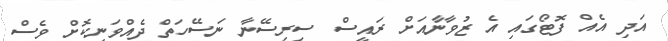
އަދި އެއް ފޮޓޯގައި އެ ޒުވާނާއަށް ރައީސް ސިރިސޭނާ ނަސޭހަތް ދެއްވަނިކޮށް ވެސް